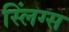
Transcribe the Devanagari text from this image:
स्लिंग्स